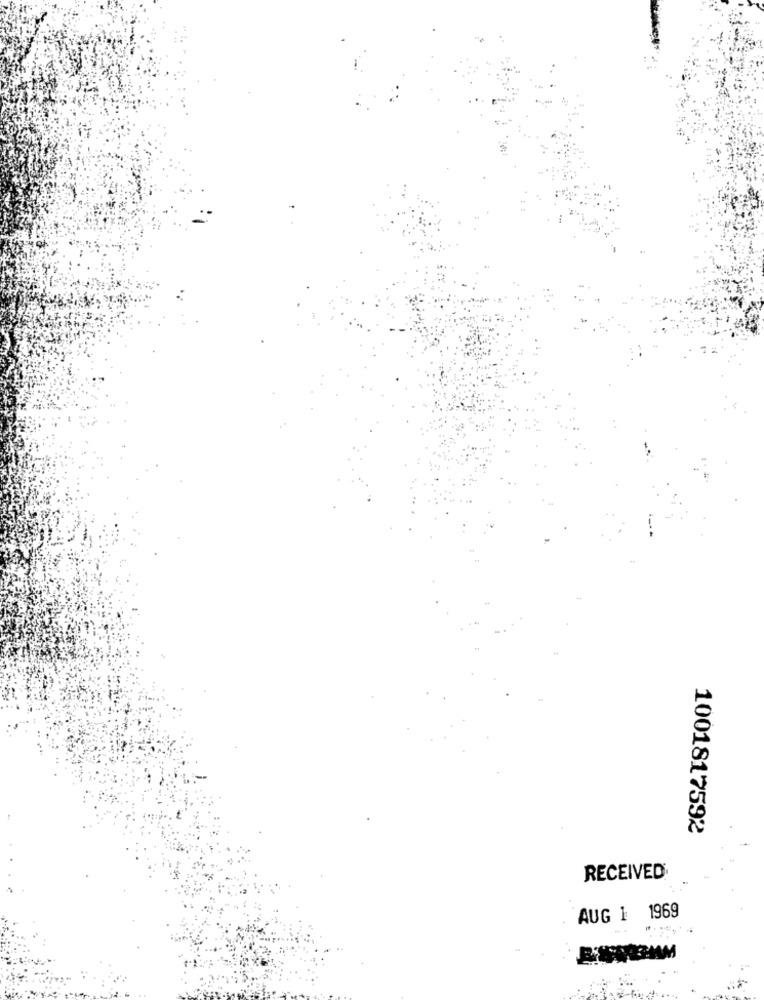
1001817592
RECEIVED
AUG 1 1969